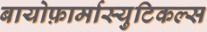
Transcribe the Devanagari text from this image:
बायोफ़ार्मास्युटिकल्स